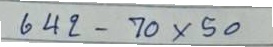
642 - 70 x 50